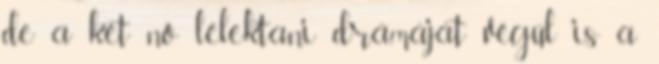
de a két nő lélektani drámáját végül is a